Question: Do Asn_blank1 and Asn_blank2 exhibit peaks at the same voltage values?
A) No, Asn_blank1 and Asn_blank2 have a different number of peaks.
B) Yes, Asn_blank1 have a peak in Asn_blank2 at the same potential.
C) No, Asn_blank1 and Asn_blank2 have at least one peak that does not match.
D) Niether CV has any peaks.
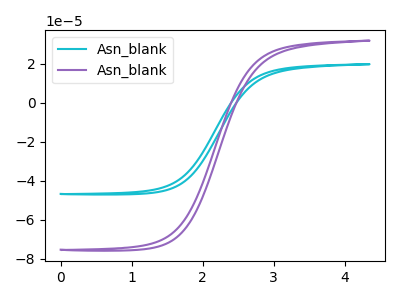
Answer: <think>The cyan curve "Asn_blank1" has no peaks. The purple curve "Asn_blank2" has no peaks.</think>
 <answer>D) Niether CV has any peaks.</answer>
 <eval>D</eval>